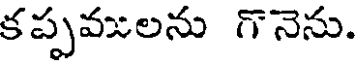
కప్పములను గొనెను.